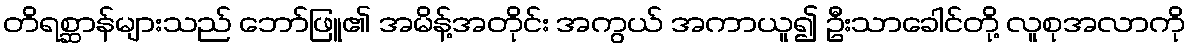
တိရစ္ဆာန်များသည် ဘော်ဖြူ၏ အမိန့်အတိုင်း အကွယ် အကာယူ၍ ဦးသာခေါင်တို့ လူစုအလာကို